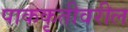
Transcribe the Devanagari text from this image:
पाककृतीवरील